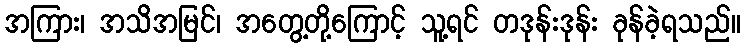
အကြား၊ အသိအမြင်၊ အတွေ့တို့ကြောင့် သူ့ရင် တဒုန်းဒုန်း ခုန်ခဲ့ရသည်။